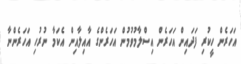
އަހަރެން ހީކުރި ފަދައިން އަހަރެން އިސްލާމުވުމުން އަހަރެންގެ އާއިލާއިން އެކަމާ ނުރުހި އަހަރެންނާ